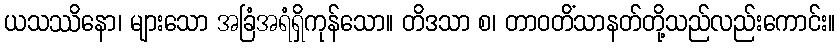
ယသဿိနော၊ များသော အခြံအရံရှိကုန်သော။ တိဒသာ စ၊ တာဝတိံသာနတ်တို့သည်လည်းကောင်း။